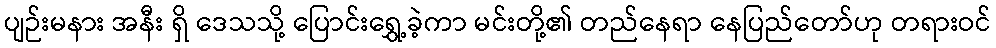
ပျဉ်းမနား အနီး ရှိ ဒေသသို့ ပြောင်းရွှေ့ခဲ့ကာ မင်းတို့၏ တည်နေရာ နေပြည်တော်ဟု တရားဝင်